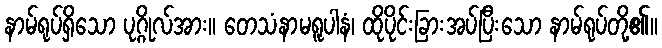
နာမ်ရုပ်ရှိသော ပုဂ္ဂိုလ်အား။ တေသံနာမရူပါနံ၊ ထိုပိုင်းခြားအပ်ပြီးသော နာမ်ရုပ်တို့၏။